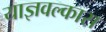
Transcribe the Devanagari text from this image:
याज्ञवल्कास